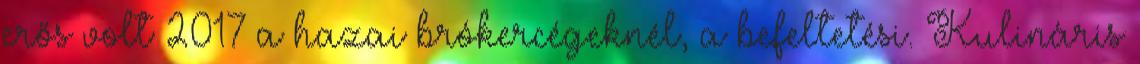
erős volt 2017 a hazai brókercégeknél, a befeltetési. Kulináris